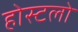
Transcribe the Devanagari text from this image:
होस्टलो